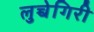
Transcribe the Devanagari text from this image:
लुच्चेगिरी